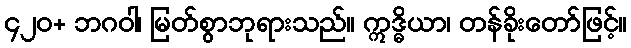
၄၂၀+ ဘဂဝါ၊ မြတ်စွာဘုရားသည်။ ဣဒ္ဓိယာ၊ တန်ခိုးတော်ဖြင့်။